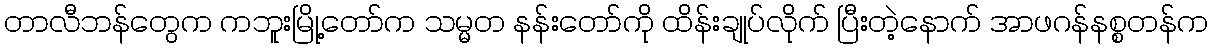
တာလီဘန်တွေက ကဘူးမြို့တော်က သမ္မတ နန်းတော်ကို ထိန်းချုပ်လိုက် ပြီးတဲ့နောက် အာဖဂန်နစ္စတန်က